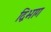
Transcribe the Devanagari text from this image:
द्विभाग